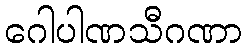
ဂေါပါဏသီဂဏာ